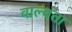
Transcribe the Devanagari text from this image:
वाल्वंता